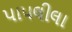
પાપલીલા